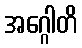
အဂ္ဂေါတိ